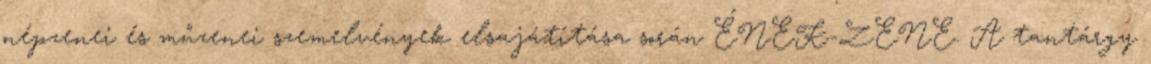
népzenei és műzenei szemelvények elsajátítása során ÉNEK-ZENE. A tantárgy